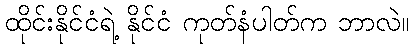
ထိုင်းနိုင်ငံရဲ့ နိုင်ငံ ကုတ်နံပါတ်က ဘာလဲ။